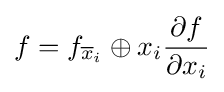
f=f_{{\overline {x}}_{i}}\oplus x_{i}{\frac {\partial f}{\partial x_{i}}}